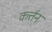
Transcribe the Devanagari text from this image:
कर्त्तन